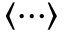
\langle \cdots \rangle